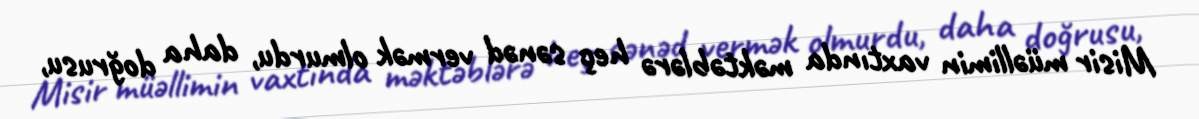
Misir müəllimin vaxtında məktəblərə heç sənəd vermək olmurdu, daha doğrusu,